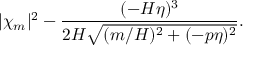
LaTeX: | \chi _ { m } | ^ { 2 } - \frac { ( - H \eta ) ^ { 3 } } { 2 H \sqrt { ( m / H ) ^ { 2 } + ( - p \eta ) ^ { 2 } } } .